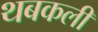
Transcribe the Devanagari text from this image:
थबकली